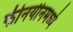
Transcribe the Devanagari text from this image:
फीनयीनमध्ये